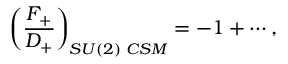
\left( \frac { F _ { + } } { D _ { + } } \right) _ { S U ( 2 ) \; C S M } = - 1 + \cdots ,